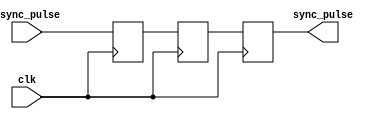
module PulseSynchronizer(
    input wire clk,
    input wire async_pulse,
    output reg sync_pulse
);

reg capture_pulse;
reg sync_pulse_reg;

always @(posedge clk) begin
    capture_pulse <= async_pulse;
    sync_pulse_reg <= capture_pulse;
end

always @(posedge clk) begin
    sync_pulse <= sync_pulse_reg;
end

endmodule